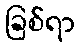
ခြစ်ရာ